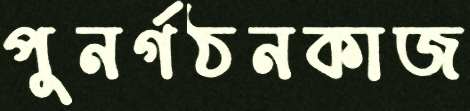
পুনর্গঠনকাজ